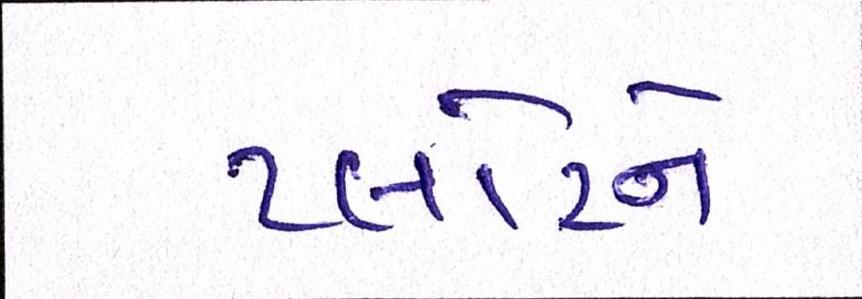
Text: પ્લોટને